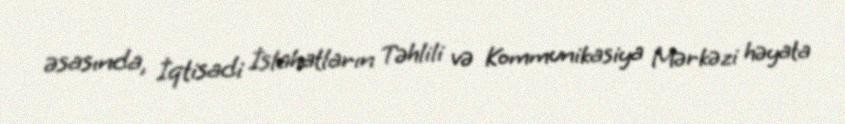
əsasında, İqtisadi İslahatların Təhlili və Kommunikasiya Mərkəzi həyata